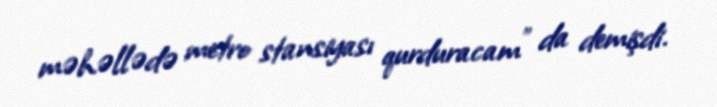
məhəllədə metro stansiyası qurduracam” da demişdi.